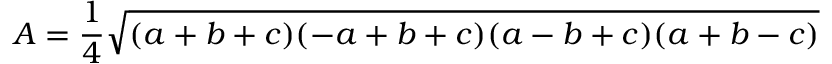
A = { \frac { 1 } { 4 } } { \sqrt { ( a + b + c ) ( - a + b + c ) ( a - b + c ) ( a + b - c ) } }